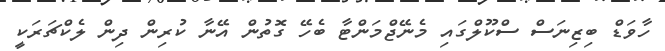
ހާވަޑް ބިޒިނަސް ސްކޫލްގައި މެނޭޖްމަންޓާ ބެހޭ ގޮތުން އޭނާ ކުރިން ދިން ލެކްޗަރަކީ